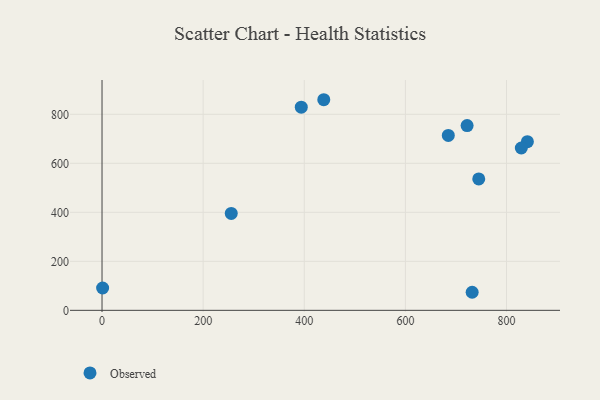
{"axis": {"x": "Price", "y": "Demand"}, "legend": ["Observed"], "data": [{"x": "684.9", "y": 713.8, "type": "Observed"}, {"x": "394.1", "y": 828.9, "type": "Observed"}, {"x": "722.1", "y": 753.9, "type": "Observed"}, {"x": "438.6", "y": 859.5, "type": "Observed"}, {"x": "841.3", "y": 688.4, "type": "Observed"}, {"x": "745.1", "y": 536.3, "type": "Observed"}, {"x": "1.2", "y": 91.1, "type": "Observed"}, {"x": "829.3", "y": 662.5, "type": "Observed"}, {"x": "732.1", "y": 73.7, "type": "Observed"}, {"x": "255.6", "y": 395.4, "type": "Observed"}]}